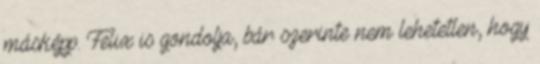
másképp. Felix is gondolja, bár szerinte nem lehetetlen, hogy